Civil Veterinary Department. Madras. Admin. report 1910-25 - 1910-1925
Year: 1910
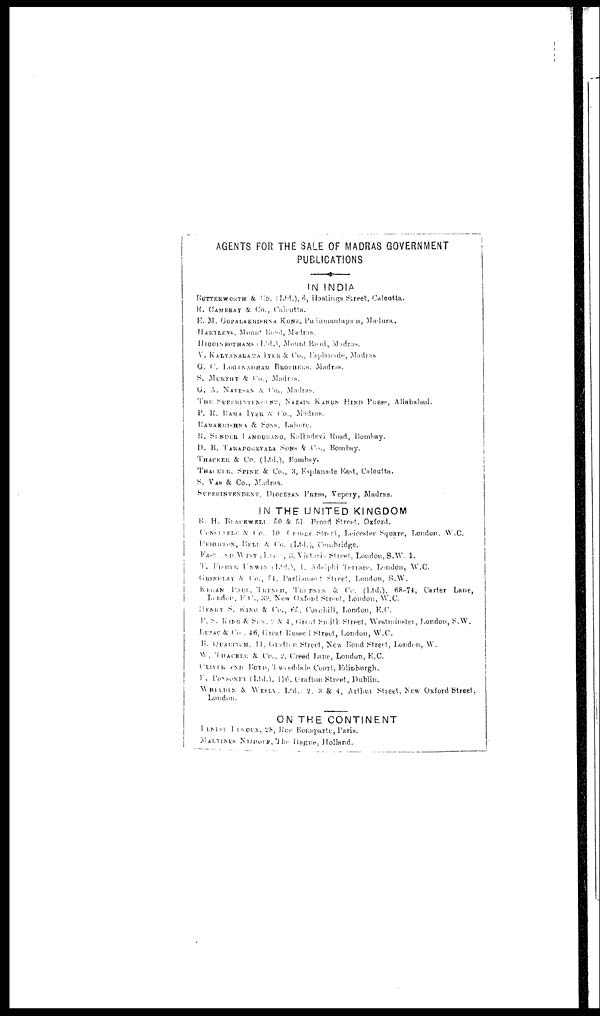
AGENTS FOR THE SALE OF MADRAS GOVERNMENT
PUBLICATIONS
IN INDIA
BUTTERWORTH & Co. (Ltd.), 6, Hastings Street, Calcutta.
R. CAMBRAY & Co., Calcutta.
E. M. GOPALAKRISHNA KONE, Pulumantapan, Madura.
HARTLEVS, Mount Road, Madras.
HIGGINBOTHAMS (Ltd.). Mount Road, Madras.
V. KALYANARAMA IYER & Co., Esplanade, Madras
G. C. LOGANADHAM BROTHERS, Madras.
S. MURTHY & CO., Madras.
G. A. NATESAN & Co., Madras.
THE SUPERINTENDENT, NAZAIR KANUN HIND PRESS, Allahabad.
P. R. RAMA IYER & CO., Madras.
RAMAKRISHNA & SONS, Lahore.
R. SUNDER PANDURANG, Kalbadevi Road, Bombay.
D. B. TARAPOREVALA SONS & Co., Bombay.
THACKER & Co. (Ltd.), Bombay.
THACKER. SPINK & Co., 3, Esplanade East, Calcutta.
S. VAS & Co., Madras.
SUPERINTENDENT, DIOCESAN PRESS, Vepory, Madras.
IN THE UNITED KINGDOM
B. H. BLACKWELL. 50 & 51 Broad Street, Oxford.
CONSTABLE & Co., Orange Street, Leicester Square, London W.C.
DEIGHTON BELL & Co., (Ltd.), Cambridge.
T. FISHER UNWIN (Ltd.) 1. Adelphi Terrace, London, W.C.
Grindiay & Co., Parliament Street London S.W.
KEGAN
PAUL
& Co. (Ltd.), 68-74, Carter Lane,
London, E.C., 32. New Oxford Street, London, W.C.
HENRY S. KING & Co., 65. Cornhill, London, E.C.
P. S. KING & SON. 2 & 4, Great Smith Street, Westminster, London, S.W.
LUZAC & Co., 46, Great Russel Street, London, W.C.
B. QUARITCH, 11, Grafton Street, New Bond Street, London, W.
W. THACKER & Co., 2, Creed Lane, London, E.C.
OLIVER AND BOYD, Tweeddale Court, Edinburgh.
P. PONSONDY (Ltd.), 116, Grafton Street, Dublin.
WHELDIN & WESLN, Ltd., 2. 3 & 4, Arthm Street, New Oxford Street,
London.
ON THE CONTINENT
DEOUX 28 Rue Bonaparte, Paris.
MARTINUS NIJHOIF, The liague, Holland.